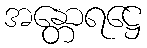
အန္တောရဋ္ဌေ